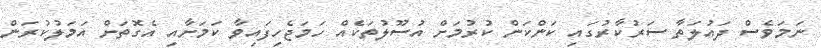
ނަމަވެސް ދައުލަތާ ސަރުކާރުގައި ކަންކަން ކުރުމަށް އުސޫލުތަކެއް ހަމަޖެހިފައިވާ ކަމަށާއި އެގޮތަށް އަމަލުކުރަން